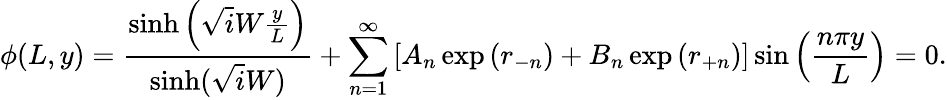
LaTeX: \phi(L,y)=\frac{\sinh\left(\sqrt iW\frac{y}{L}\right)}{\sinh(\sqrt iW)}+\sum_{n=1}^{\infty}\left[A_{n}\exp\left(r_{-n}\right)+B_{n}\exp\left(r_{+n}\right)\right]\sin\left(\frac{n\pi y}{L}\right)=0.